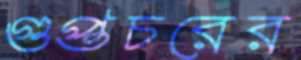
গুপ্তচরের